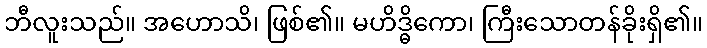
ဘီလူးသည်။ အဟောသိ၊ ဖြစ်၏။ မဟိဒ္ဓိကော၊ ကြီးသောတန်ခိုးရှိ၏။